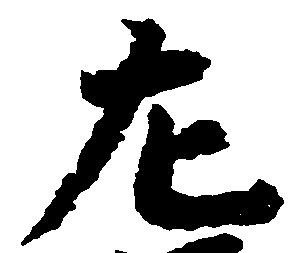
左